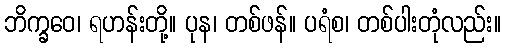
ဘိက္ခဝေ၊ ရဟန်းတို့။ ပုန၊ တစ်ဖန်။ ပရံစ၊ တစ်ပါးတုံလည်း။